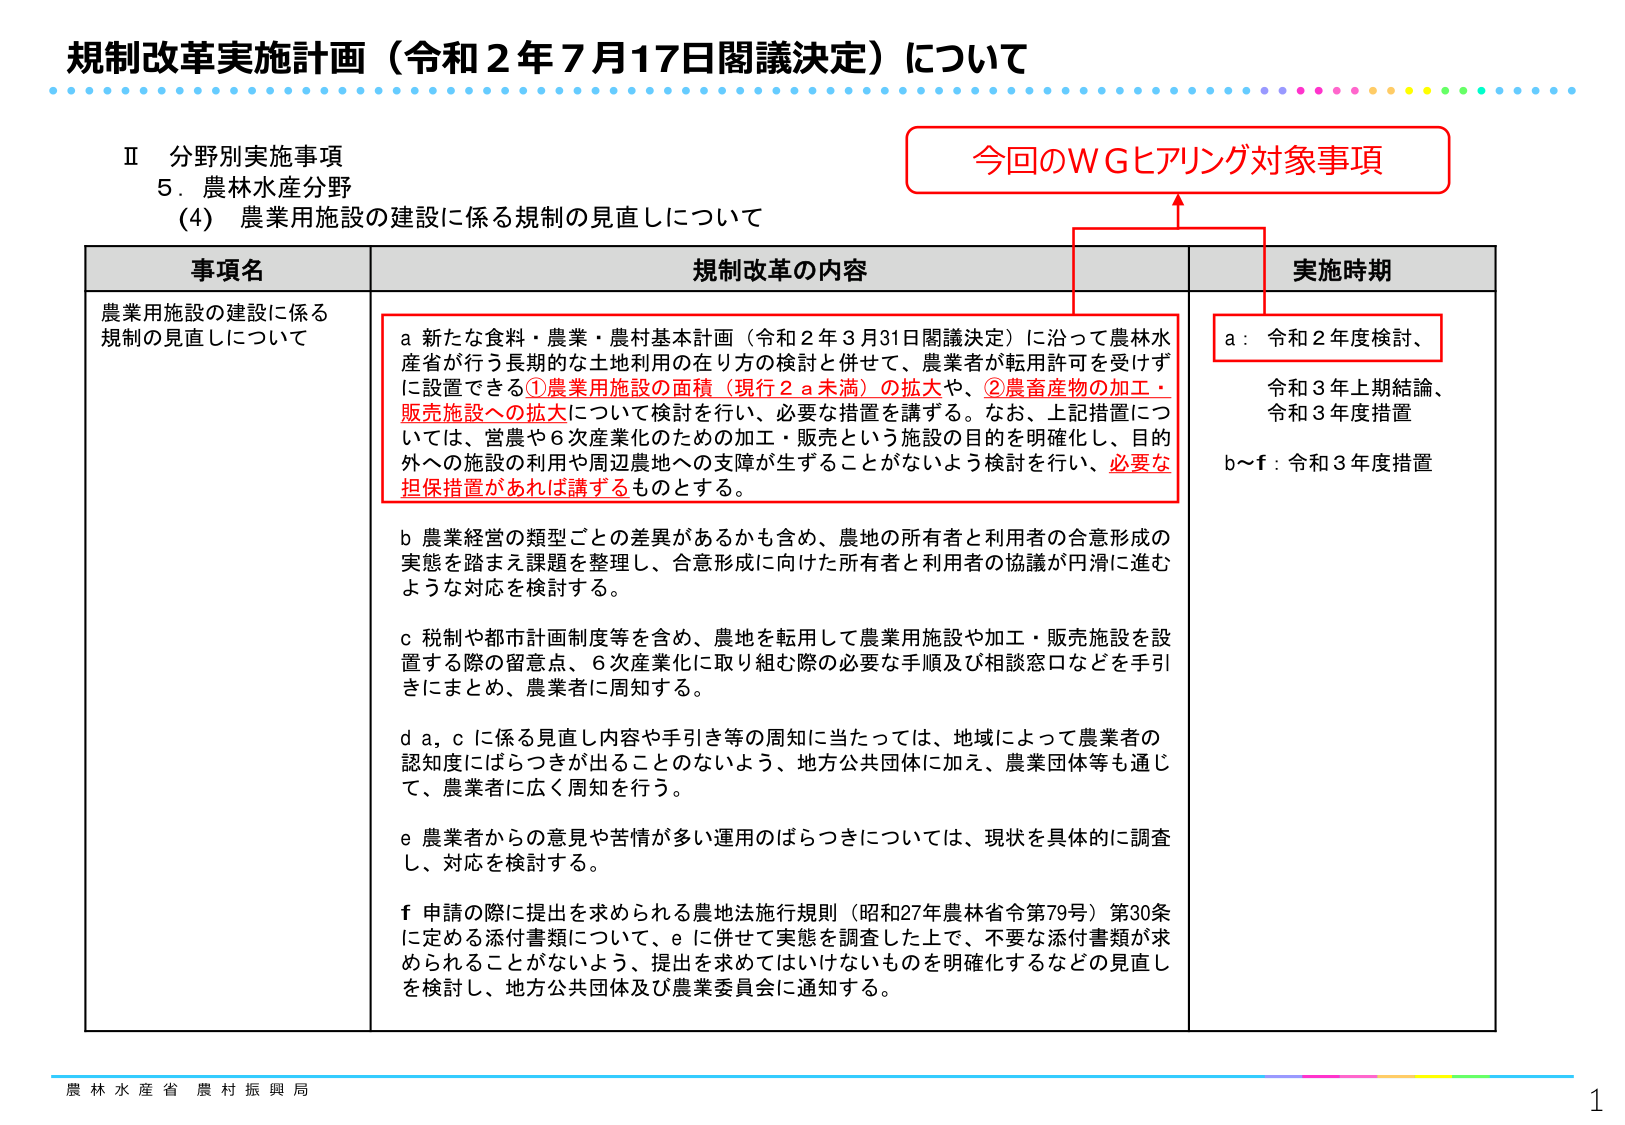
規制改革実施計画（令和２年７月17日閣議決定）について

Ⅱ 分野別実施事項
5．農林水産分野
（4）農業用施設の建設に係る規制の見直しについて

事項名
農業用施設の建設に係る規制の見直しについて

規制改革の内容
a 新たな食料・農業・農村基本計画（令和２年３月31日閣議決定）に沿って農林水産省が行う長期的な土地利用の在り方の検討と併せて、農業者が転用許可を受けず に設置できる①農業用施設の面積（現行２ａ未満）の拡大や、②農畜産物の加工・販売施設への拡大について検討を行い、必要な措置を講ずる。なお、上記措置につ いては、営農や６次産業化のための加工・販売という施設の目的を明確化し、目的 外への施設の利用や周辺農地への支障が生ずることがないよう検討を行い、必要な 担保措置があれば講ずるものとする。
b 農業経営の類型ごとの差異があるかも含め、農地の所有者と利用者の合意形成の 実態を踏まえ課題を整理し、合意形成に向けた所有者と利用者の協議が円滑に進む ような対応を検討する。
c 税制や都市計画制度等を含め、農地を転用して農業用施設や加工・販売施設を設 置する際の留意点、６次産業化に取り組む際の必要な手順及び相談窓口などを手引 きにまとめ、農業者に周知する。
d a, c に係る見直し内容や手引き等の周知に当たっては、地域によって農業者の 認知度にばらつきが出ることのないよう、地方公共団体に加え、農業団体等も通じ て、農業者に広く周知を行う。
e 農業者からの意見や苦情が多い運用のばらつきについては、現状を具体的に調査 し、対応を検討する。
f 申請の際に提出を求められる農地法施行規則（昭和27年農林省令第79号）第30条 に定める添付書類について、e に併せて実態を調査した上で、不要な添付書類が求 められることがないよう、提出を求めてはいけないものを明確化するなどの見直し を検討し、地方公共団体及び農業委員会に通知する。

実施時期
a：令和２年度検討、
令和３年上期結論、
令和３年度措置
b～f：令和３年度措置

今回のＷＧヒアリング対象事項

農林水産省 農村振興局
1